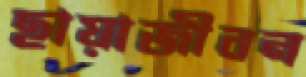
ছায়াজীবন